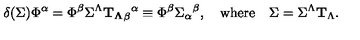
\delta ( \Sigma ) \Phi ^ { \alpha } = \Phi ^ { \beta } \Sigma ^ { \Lambda } { \bf T _ { \Lambda } } _ { \beta } { } ^ { \alpha } \equiv \Phi ^ { \beta } \Sigma _ { \alpha } { } ^ { \beta } , \quad \mathrm { w h e r e } \quad \Sigma = \Sigma ^ { \Lambda } { \bf T } _ { \Lambda } .